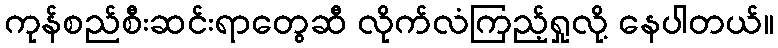
ကုန်စည်စီးဆင်းရာတွေဆီ လိုက်လံကြည့်ရှုလို့ နေပါတယ်။